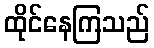
ထိုင်နေကြသည်